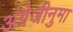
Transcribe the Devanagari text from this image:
अंग्रेजीनुमा